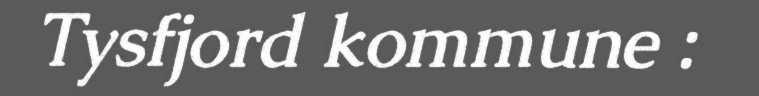
Tysfjord kommune :